Scientific memoirs by medical officers of the Army of India - Part V,
Year: 1890
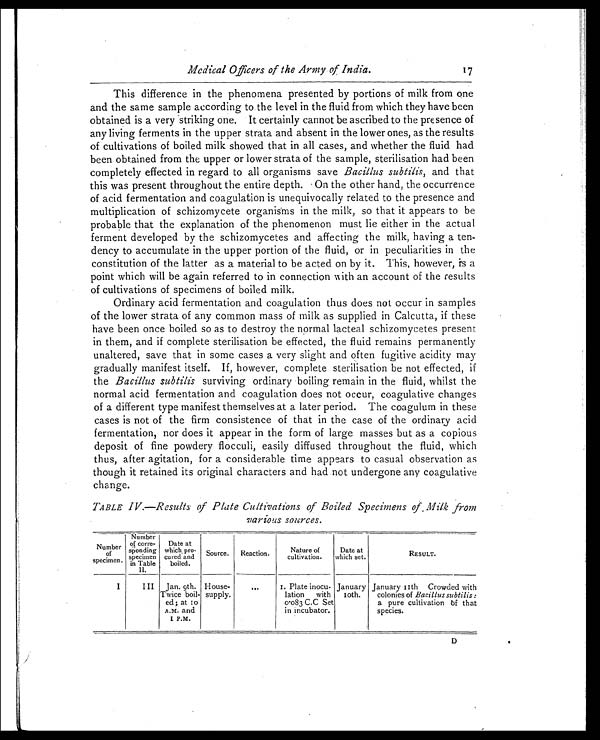
Medical Officers of the Army of India. 1
7
This difference in the phenomena presented by portions of milk from one
and the same sample according to the level in the fluid from which they have been
obtained is a very striking one. It certainly cannot be ascribed to the presence of
any living ferments in the upper strata and absent in the lower ones, as the results
of cultivations of boiled milk showed that in all cases, and whether the fluid had
been obtained from the upper or lower strata of the sample, sterilisation had been
completely effected in regard to all organisms save Bacillus subtilis, and that
this was present throughout the entire depth. On the other hand, the occurrence
of acid fermentation and coagulation is unequivocally related to the presence and
multiplication of schizomycete organisms in the milk, so that it appears to be
probable that the explanation of the phenomenon must lie either in the actual
ferment developed by the schizomycetes and affecting the milk, having a ten-
dency to accumulate in the upper portion of the fluid, or in peculiarities in the
constitution of the latter as a material to be acted on by it. This, however, is a
point which will be again referred to in connection with an account of the results
of cultivations of specimens of boiled milk.
Ordinary acid fermentation and coagulation thus does not occur in samples
of the lower strata of any common mass of milk as supplied in Calcutta, if these
have been once boiled so as to destroy the normal lacteal schizomycetes present
in them, and if complete sterilisation be effected, the fluid remains permanently
unaltered, save that in some cases a very slight and often fugitive acidity may
gradually manifest itself. If, however, complete sterilisation be not effected, if
the Bacillus subtilis surviving ordinary boiling remain in the fluid, whilst the
normal acid fermentation and coagulation does not occur, coagulative changes
of a different type manifest themselves at a later period. The coagulum in these
cases is not of the firm consistence of that in the case of the ordinary acid
fermentation, nor does it appear in the form of large masses but as a copious
deposit of fine powdery flocculi, easily diffused throughout the fluid, which
thus, after agitation, for a considerable time appears to casual observation as
though it retained its original characters and had not undergone any coagulative
change.
TABLE IV.—Results of Plate Cultivations of Boiled Specimens of Milk from
various sources.
Number of
specimen.
Number
of corre-
sponding
specimen
in Table
II.
Date at
which pro-
cured and
boiled.
Source. Reaction.
Nature of
cultivation.
Date at
which set.
RESULT.
I
III Jan. 9th.
Twice boil-
ed ; at 10
A.M. and
1 P.M.
House-
supply.
...
1. Plate inocu-
lation with
0.083 C.C Set
in incubator.
January
10th.
January 11 th Crowded with
colonies of Bacillus subtilis :
a pure cultivation of that
species.